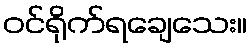
ဝင်ရိုက်ရချေသေး။